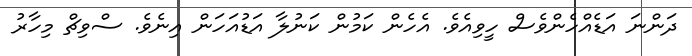
ދަންނަ އަޑެއްހެންވެސް ހީވިއެވެ. އެހެން ކަމުން ކަނުލާ އަޑުއަހަން އިނެވެ. ސްވިޗް މިހާރު